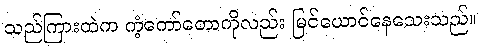
သည်ကြားထဲက ကံ့ကော်တောကိုလည်း မြင်ယောင်နေသေးသည်။